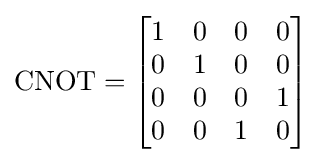
{\mbox{CNOT}}={\begin{bmatrix}1&0&0&0\\0&1&0&0\\0&0&0&1\\0&0&1&0\end{bmatrix}}